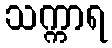
သက္ကာရ